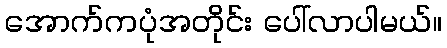
အောက်ကပုံအတိုင်း ပေါ်လာပါမယ်။